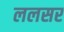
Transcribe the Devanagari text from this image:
ललसर